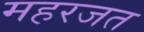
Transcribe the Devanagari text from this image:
महरजत